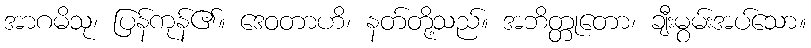
အာဂမိသု၊ ပြန်ကုန်၏။ ဒေဝတာဟိ၊ နတ်တို့သည်။ အဘိတ္တုတော၊ ချီးမွမ်းအပ်သော။